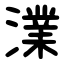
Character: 澲